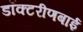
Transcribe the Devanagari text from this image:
डॉक्टरीणबाई